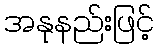
အနုနည်းဖြင့်